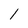
Character: 1